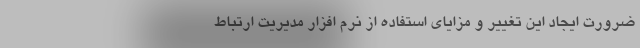
ضرورت ایجاد این تغییر و مزایای استفاده از نرم افزار مدیریت ارتباط